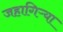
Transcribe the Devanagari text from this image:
जहागिऱ्या